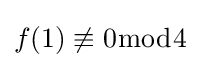
f(1)\not \equiv 0{\bmod {4}}